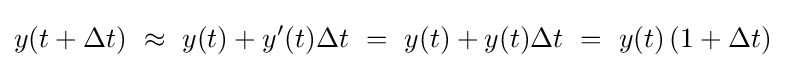
y(t+\Delta t)\ \approx \ y(t)+y'(t)\Delta t\ =\ y(t)+y(t)\Delta t\ =\ y(t)\,(1+\Delta t)